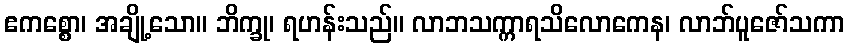
ဧကစ္စော၊ အချို့သော။ ဘိက္ခု၊ ရဟန်းသည်။ လာဘသက္ကာရသိလောကေန၊ လာဘ်ပူဇော်သကာ